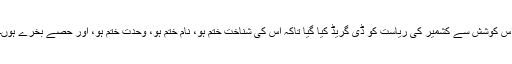
اس کوشش سے کشمیر کی ریاست کو ڈی گریڈ کیا گیا تاکہ اس کی شناخت ختم ہو، نام ختم ہو، وحدت ختم ہو، اور حصے بخرے ہوں۔